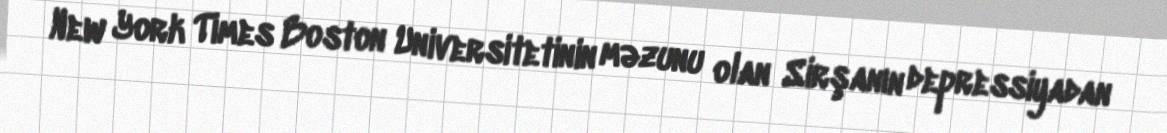
New York Times Boston Universitetinin məzunu olan Sirşanın depressiyadan